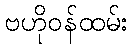
ဗဟိုဝန်ထမ်း